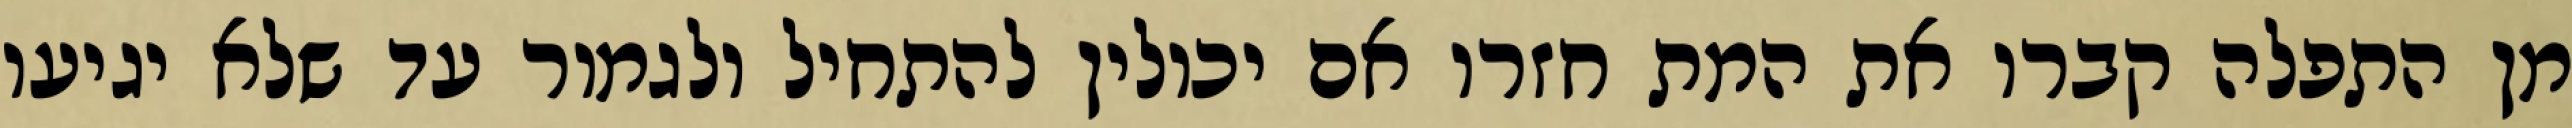
מן התפלה קברו את המת חזרו אם יכולין להתחיל ולגמור עד שלא יגיעו